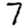
Digit: 7